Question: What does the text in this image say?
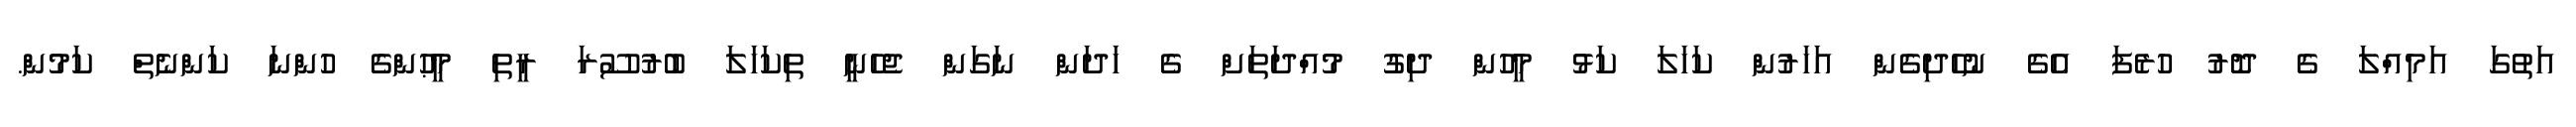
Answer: އަތުގަ އަމިއްލަ ގެ ދޮރު ހުރެފަ އެގެ ނުހެދިގެން އަހަރުން ކަހަލަ ކަޅު މީހުން ދިގު މުއްދަތަށް ގެ ހަދަން ނަގަން ޖެހެނީ ތިކަހަލަ ބުރުސޫރަ ރީތި މީޙުންގެ ހުންނަ ކަންނެތް ކަމުން.